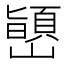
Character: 𫶞